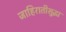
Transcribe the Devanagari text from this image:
जाहिरातीसुद्धा